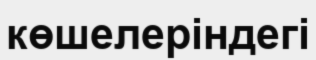
көшелеріндегі